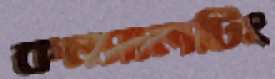
কনসালটিং